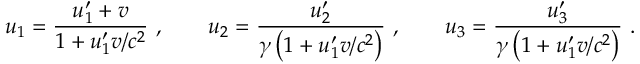
u _ { 1 } = { \frac { u _ { 1 } ^ { \prime } + v } { 1 + u _ { 1 } ^ { \prime } v / c ^ { 2 } } } \ , \qquad u _ { 2 } = { \frac { u _ { 2 } ^ { \prime } } { \gamma \left( 1 + u _ { 1 } ^ { \prime } v / c ^ { 2 } \right) } } \ , \qquad u _ { 3 } = { \frac { u _ { 3 } ^ { \prime } } { \gamma \left( 1 + u _ { 1 } ^ { \prime } v / c ^ { 2 } \right) } } \ .